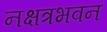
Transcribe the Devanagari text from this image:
नक्षत्रभवन